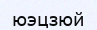
юэцзюй